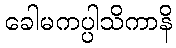
ခေါမကပ္ပါသိကာနိ